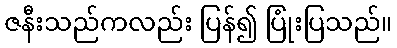
ဇနီးသည်ကလည်း ပြန်၍ ပြုံးပြသည်။